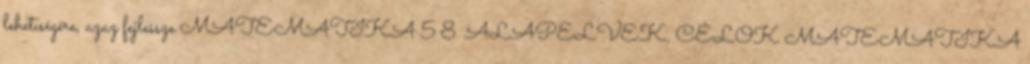
lehetıségére, azaz fejlessze MATEMATIKA 5 8. ALAPELVEK, CÉLOK MATEMATIKA